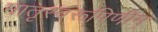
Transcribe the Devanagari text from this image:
मातृस्वरूपिणीम्